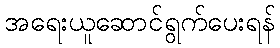
အရေးယူဆောင်ရွက်ပေးရန်